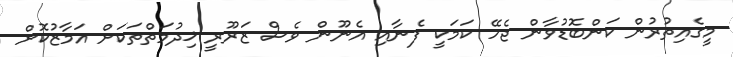
މީގެއިތުރުން ކަންބޮޑުވާން ޖެހޭ ކަމަކީ ފެނާއި އެނޫން ވެސް ޒަރޫރީ ޚިދުމަތްތަކަށް އަމާޒުކޮށް